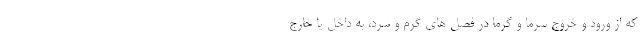
که از ورود و خروج سرما و گرما در فصل های گرم و سرد، به داخل یا خارج